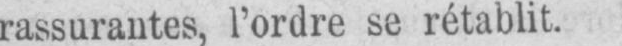
rassurantes, l’ordre se rétablit.